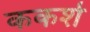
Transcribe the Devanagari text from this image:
ककर्श